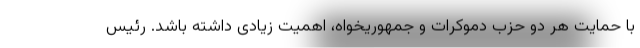
با حمایت هر دو حزب دموکرات و جمهوریخواه، اهمیت زیادی داشته باشد. رئیس